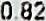
0.82